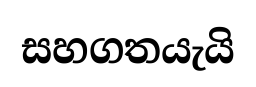
සහගතයැයි